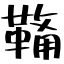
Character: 𮧟